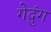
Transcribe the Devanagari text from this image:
गेदुंग